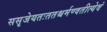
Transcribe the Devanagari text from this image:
ससृजेयतःततश्चर्मण्वतीत्येवं